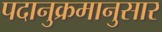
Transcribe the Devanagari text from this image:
पदानुक्रमानुसार